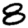
Digit: 8